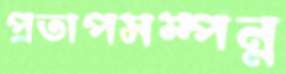
প্রতাপসম্পন্ন